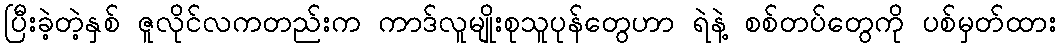
ပြီးခဲ့တဲ့နှစ် ဇူလိုင်လကတည်းက ကာဒ်လူမျိုးစုသူပုန်တွေဟာ ရဲနဲ့ စစ်တပ်တွေကို ပစ်မှတ်ထား